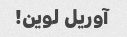
آوریل لوین!